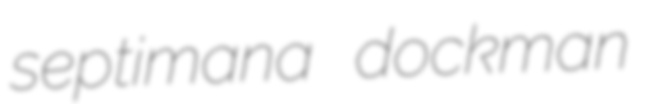
septimana dockman